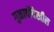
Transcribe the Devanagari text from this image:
गुळाचीदेखील